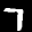
Label: 7